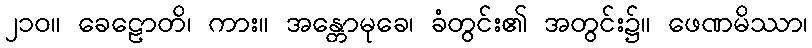
၂၁၀။ ခေဠောတိ၊ ကား။ အန္တောမုခေ၊ ခံတွင်း၏ အတွင်း၌။ ဖေဏမိဿာ၊